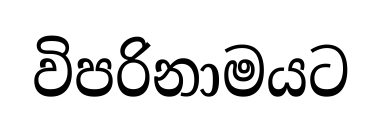
විපරිනාමයට